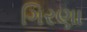
ગિરણા